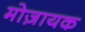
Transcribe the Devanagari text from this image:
मोज़ायक